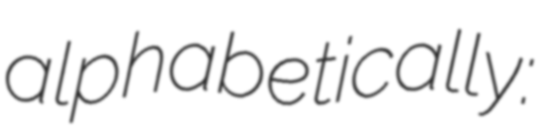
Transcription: alphabetically: